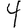
Digit: 4